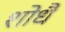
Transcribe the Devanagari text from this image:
शोधै